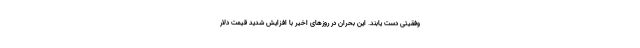
وفقیتی دست یابند. این بحران در روزهای اخیر با افزایش شدید قیمت دلار